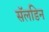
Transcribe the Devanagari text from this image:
सॅलडिन